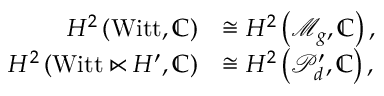
\begin{array} { r l } { H ^ { 2 } \left( \mathrm { W i t t } , \mathbb { C } \right) } & { \cong H ^ { 2 } \left( \mathcal { M } _ { g } , \mathbb { C } \right) , } \\ { \quad H ^ { 2 } \left( \mathrm { W i t t } \ltimes H ^ { \prime } , \mathbb { C } \right) } & { \cong H ^ { 2 } \left( \mathcal { P } _ { d } ^ { \prime } , \mathbb { C } \right) , } \end{array}